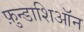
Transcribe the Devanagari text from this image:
फ़ुन्डाशिऑन